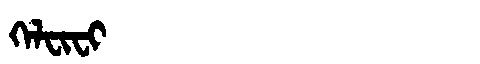
Manchu: ᡴᡝᠯᠸᡳᠸᡳ
Romanization: KELFIFI